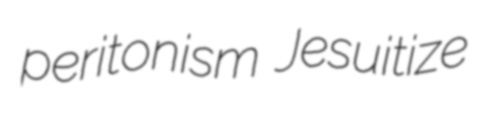
peritonism Jesuitize